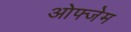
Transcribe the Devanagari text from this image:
ओफ्जेम